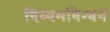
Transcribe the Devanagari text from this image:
दिव्यमविन्धनं